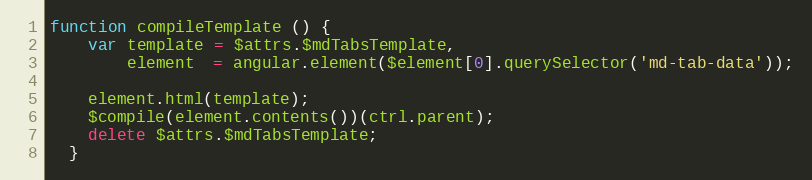
Language: JavaScript
function compileTemplate () {
    var template = $attrs.$mdTabsTemplate,
        element  = angular.element($element[0].querySelector('md-tab-data'));

    element.html(template);
    $compile(element.contents())(ctrl.parent);
    delete $attrs.$mdTabsTemplate;
  }